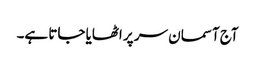
آج آسمان سر پر اٹھایا جاتا ہے۔